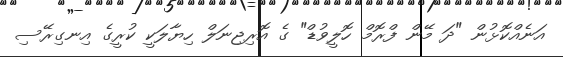
އަނެއްކޮޅުން "ދަ މޭން ފްރޮމް ހޮލީވުޑް" ގެ އޮރިޖިނަލް ހިޔާލަކީ ކުރީގެ އިނގިރޭސި